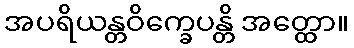
အပရိယန္တဝိက္ခေပန္တိ အတ္ထော။